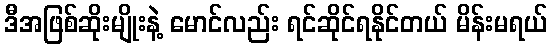
ဒီအဖြစ်ဆိုးမျိုးနဲ့ မောင်လည်း ရင်ဆိုင်ရနိုင်တယ် မိန်းမရယ်